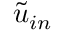
\tilde { u } _ { i n }